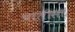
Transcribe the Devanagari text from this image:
चालीसा।